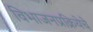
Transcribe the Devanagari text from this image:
विभाजनप्रक्रियेचे